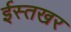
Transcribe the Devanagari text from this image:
ईस्तखर